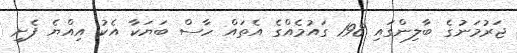
ޖަރުމަނުގެ ބާލިންގައި 198 ގައުމެއްގެ އެތައް ހާސް ބަޔަކާ އެކު އިއްޔެ ފެށި